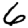
Digit: 6